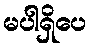
မပါရှိပေ